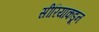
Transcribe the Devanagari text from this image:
सीरियाकडून